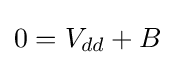
\,\!0=V_{dd}+B